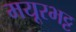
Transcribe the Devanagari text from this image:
मयूरभट्ट